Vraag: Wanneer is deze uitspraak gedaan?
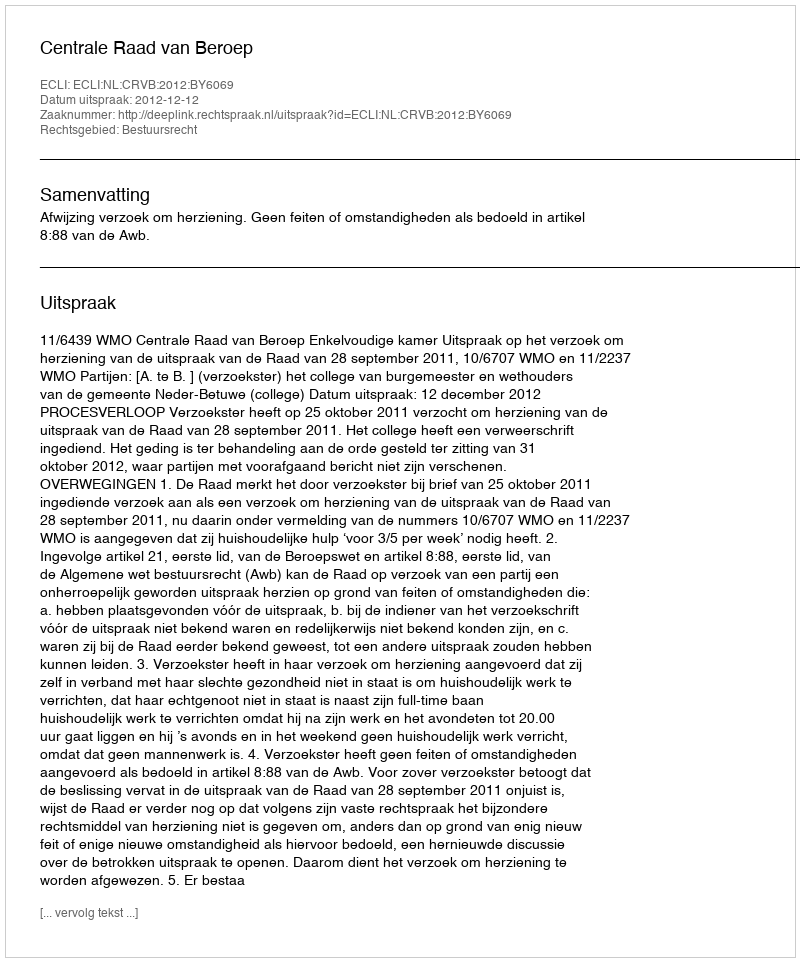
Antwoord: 2012-12-12